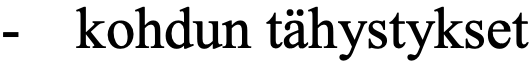
-  kohdun tähystykset